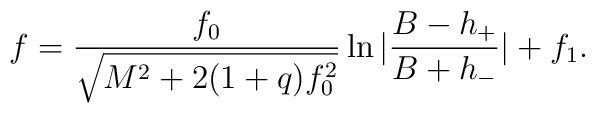
f = \frac{f_0}{\sqrt{M^2 + 2(1+q) f_0^2}} \ln  | \frac{B -h_+}{B+ h_- } | + f_1 .